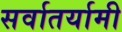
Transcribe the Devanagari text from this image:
सर्वातर्यामी